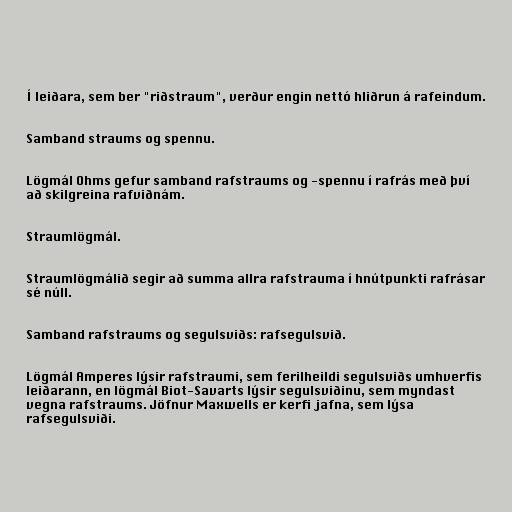
Í leiðara, sem ber "riðstraum", verður engin nettó hliðrun á rafeindum.

Samband straums og spennu.

Lögmál Ohms gefur samband rafstraums og -spennu í rafrás með því
að skilgreina rafviðnám.

Straumlögmál.

Straumlögmálið segir að summa allra rafstrauma í hnútpunkti rafrásar
sé núll.

Samband rafstraums og segulsviðs: rafsegulsvið.

Lögmál Amperes lýsir rafstraumi, sem ferilheildi segulsviðs umhverfis
leiðarann, en lögmál Biot-Savarts lýsir segulsviðinu, sem myndast
vegna rafstraums. Jöfnur Maxwells er kerfi jafna, sem lýsa
rafsegulsviði.